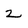
Character: 2